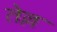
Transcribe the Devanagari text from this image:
तेल्ल